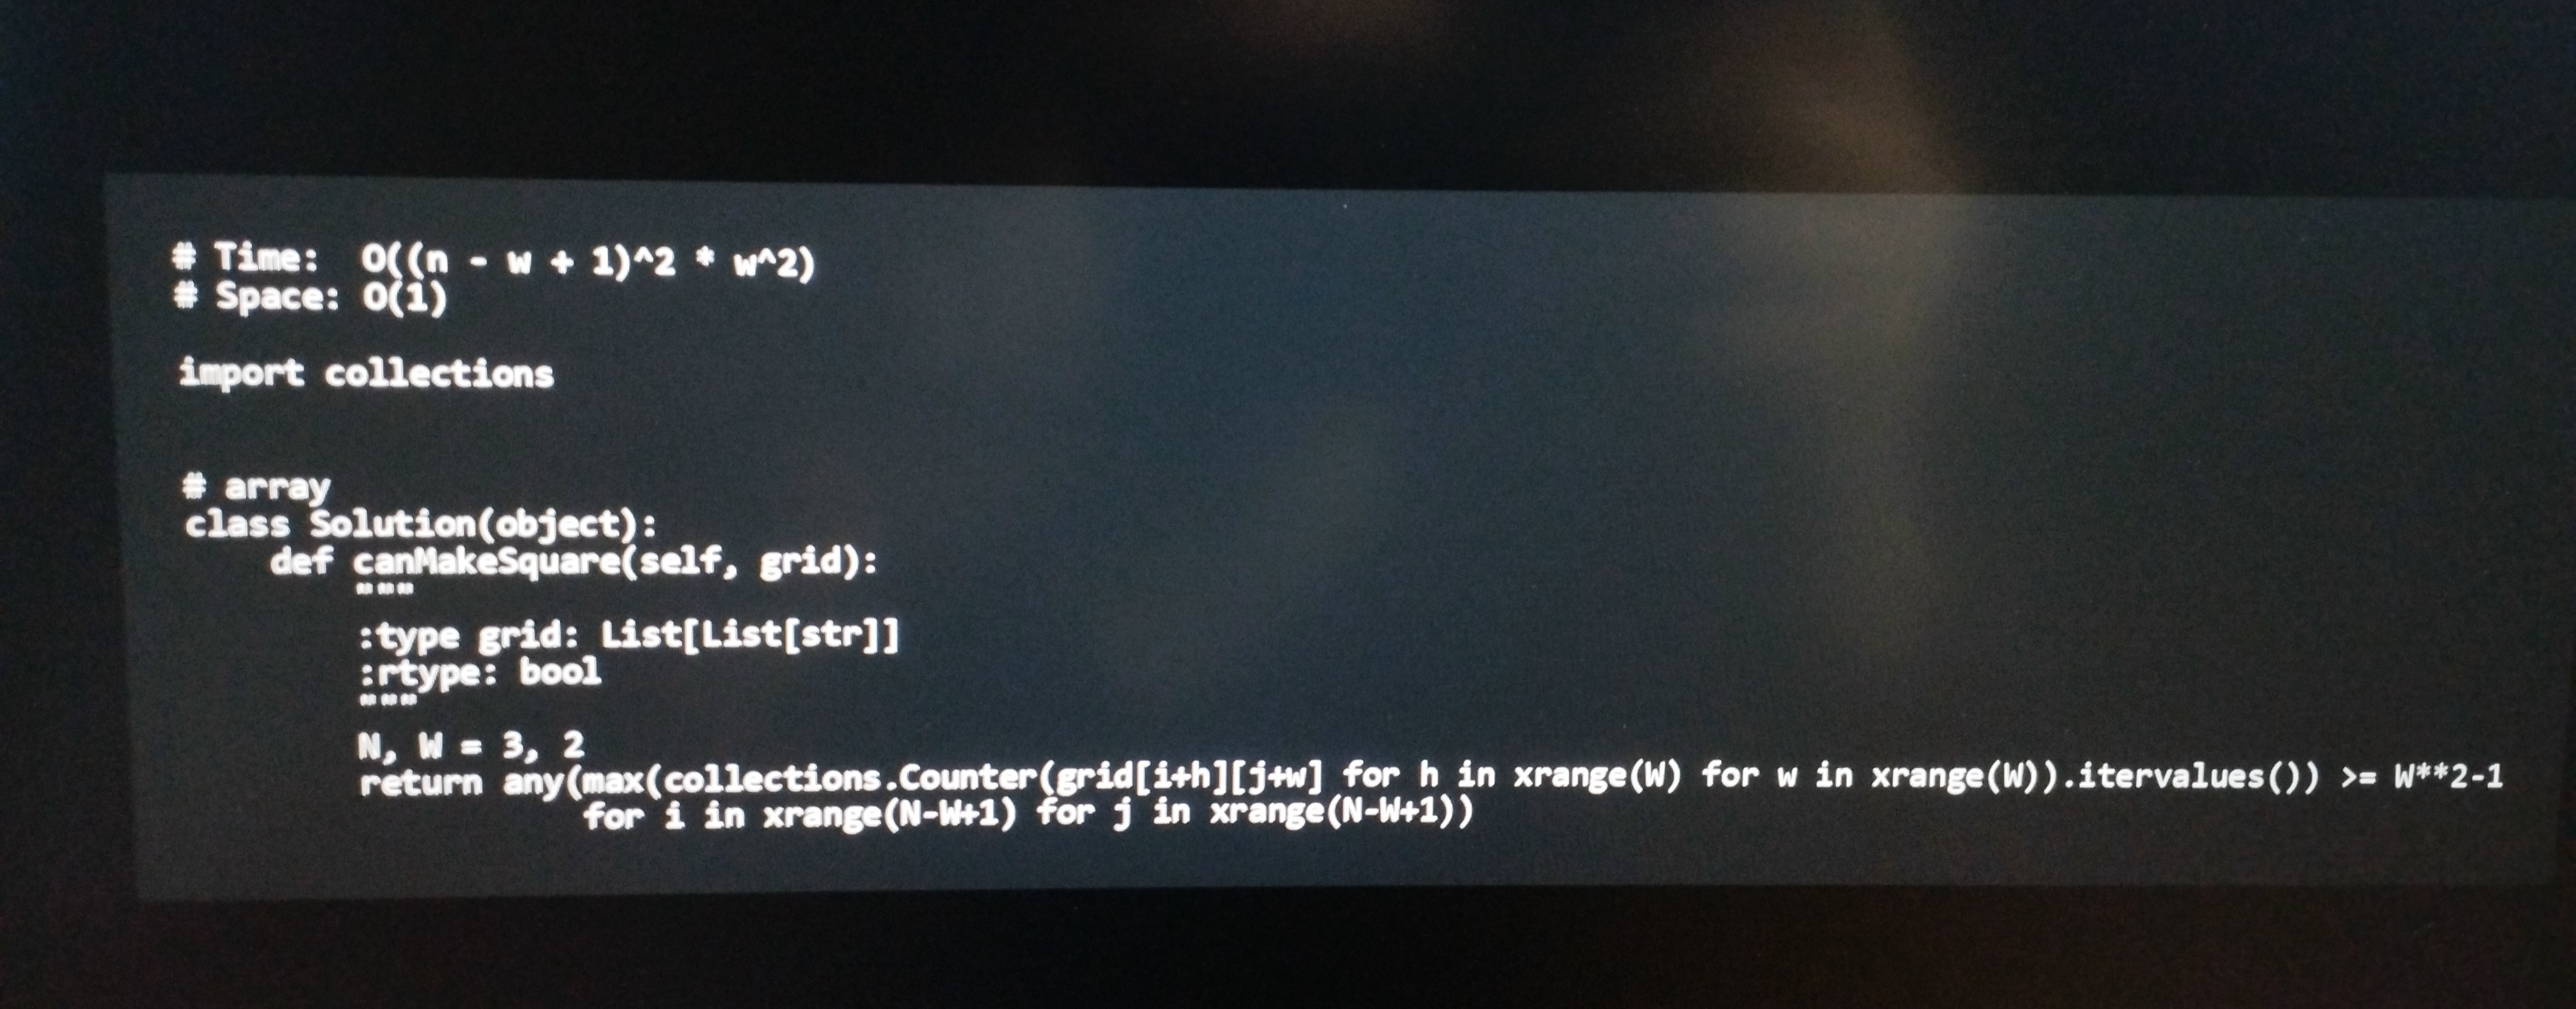
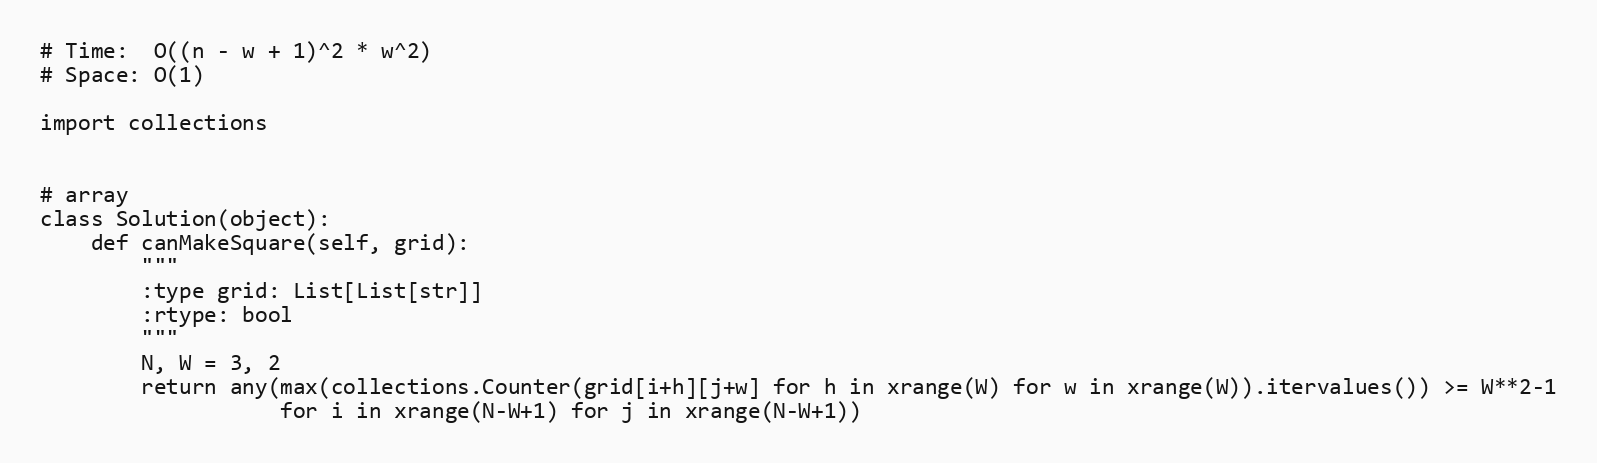
# Time:  O((n - w + 1)^2 * w^2)
# Space: O(1)

import collections

# array
class Solution(object):
    def canMakeSquare(self, grid):
        """
        :type grid: List[List[str]]
        :rtype: bool
        """
        N, W = 3, 2
        return any(max(collections.Counter(grid[i+h][j+w] for h in xrange(W) for w in xrange(W)).itervalues()) >= W**2-1
                   for i in xrange(N-W+1) for j in xrange(N-W+1))